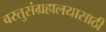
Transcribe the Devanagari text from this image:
वस्तुसंग्रहालयासाठी